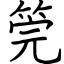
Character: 筦